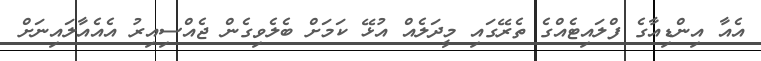
އެއާ އިންޑިއާގެ ފްލައިޓެއްގެ ތެރޭގައި މީދަލެއް އުޅޭ ކަމަށް ބެލެވިގެން ޖެއްސިއިރު އެއެއާލައިނަށް